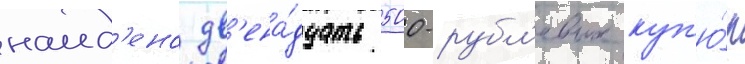
наид'ено дв'ена́дцать 500-рубл'евых куп'ю́р